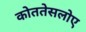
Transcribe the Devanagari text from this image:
कोततेसलोए